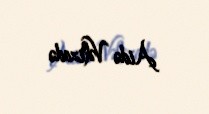
Aidə Vəlizadə